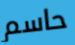
حاسم